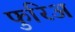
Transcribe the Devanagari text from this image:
फुरिअ